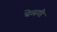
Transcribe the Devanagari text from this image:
बेलगी